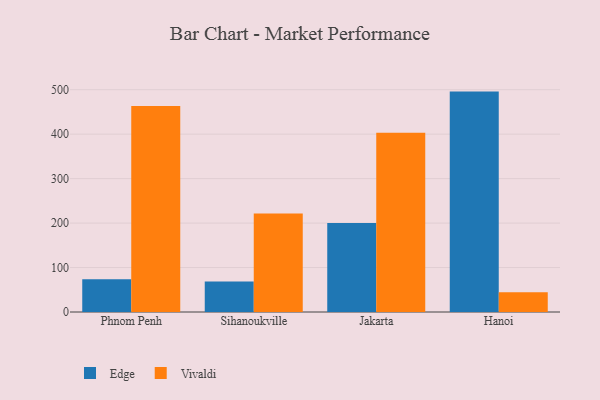
{"axis": {"x": "City", "y": "Net Income (USD K)"}, "legend": ["Edge", "Vivaldi"], "data": [{"x": "Phnom Penh", "y": 73.5, "type": "Edge"}, {"x": "Phnom Penh", "y": 463.4, "type": "Vivaldi"}, {"x": "Sihanoukville", "y": 68.7, "type": "Edge"}, {"x": "Sihanoukville", "y": 221.3, "type": "Vivaldi"}, {"x": "Jakarta", "y": 200.2, "type": "Edge"}, {"x": "Jakarta", "y": 403.1, "type": "Vivaldi"}, {"x": "Hanoi", "y": 495.7, "type": "Edge"}, {"x": "Hanoi", "y": 44.5, "type": "Vivaldi"}]}